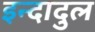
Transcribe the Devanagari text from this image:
इन्दादुल